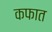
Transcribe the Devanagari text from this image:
कफात